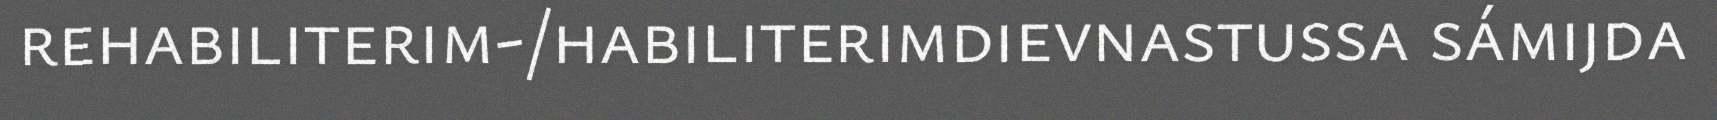
rehabiliterim-/habiliterimdievnastussa sámijda